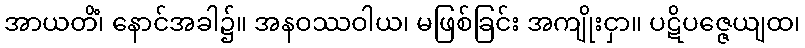
အာယတိံ၊ နောင်အခါ၌။ အနဝဿဝါယ၊ မဖြစ်ခြင်း အကျိုးငှာ။ ပဋိပဇ္ဇေယျထ၊